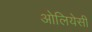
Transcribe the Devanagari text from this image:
ओलियेसी